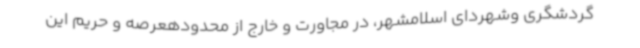
گردشگری وشهردای اسلامشهر، در مجاورت و خارج از محدودهعرصه و حریم این